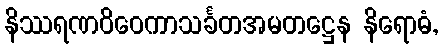
နိဿရဏဝိဝေကာသင်္ခတအမတဋ္ဌေန နိရောဓံ,